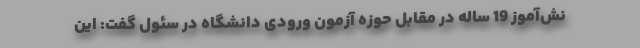
نش‌آموز 19 ساله در مقابل حوزه آزمون ورودی دانشگاه در سئول گفت: این